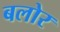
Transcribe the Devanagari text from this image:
बलोर